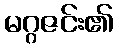
မဂ္ဂဇင်း၏